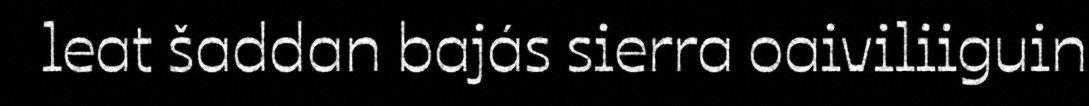
leat šaddan bajás sierra oaiviliiguin